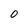
Character: 0